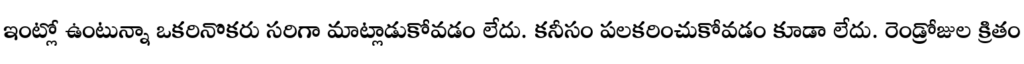
ఇంట్లో ఉంటున్నా ఒకరినొకరు సరిగా మాట్లాడుకోవడం లేదు. కనీసం పలకరించుకోవడం కూడా లేదు. రెండ్రోజుల క్రితం